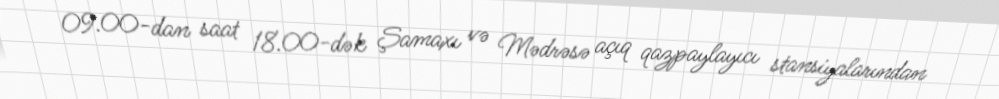
09.00-dan saat 18.00-dək Şamaxı və Mədrəsə açıq qazpaylayıcı stansiyalarından